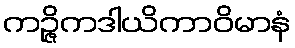
ကဉ္ဇိကဒါယိကာဝိမာနံ